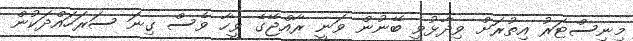
މިނިސްޓަރު އިތުރަށް ވިދާޅުވީ ބޭނުން ވަނީ ރާއްޖޭގެ ވީހާ ވެސް ގިނަ ސަރަހައްދަކުން